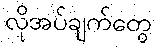
လိုအပ်ချက်တွေ